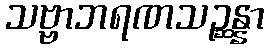
သဗ္ဗာဘရဏသဉ္ဆန္နာ